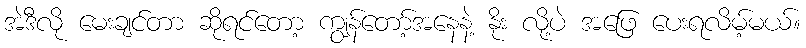
အဲဒီလို မေးချင်တာ ဆိုရင်တော့ ကျွန်တော့်အနေနဲ့ နိုး လို့ပဲ အဖြေ ပေးရလိမ့်မယ်။